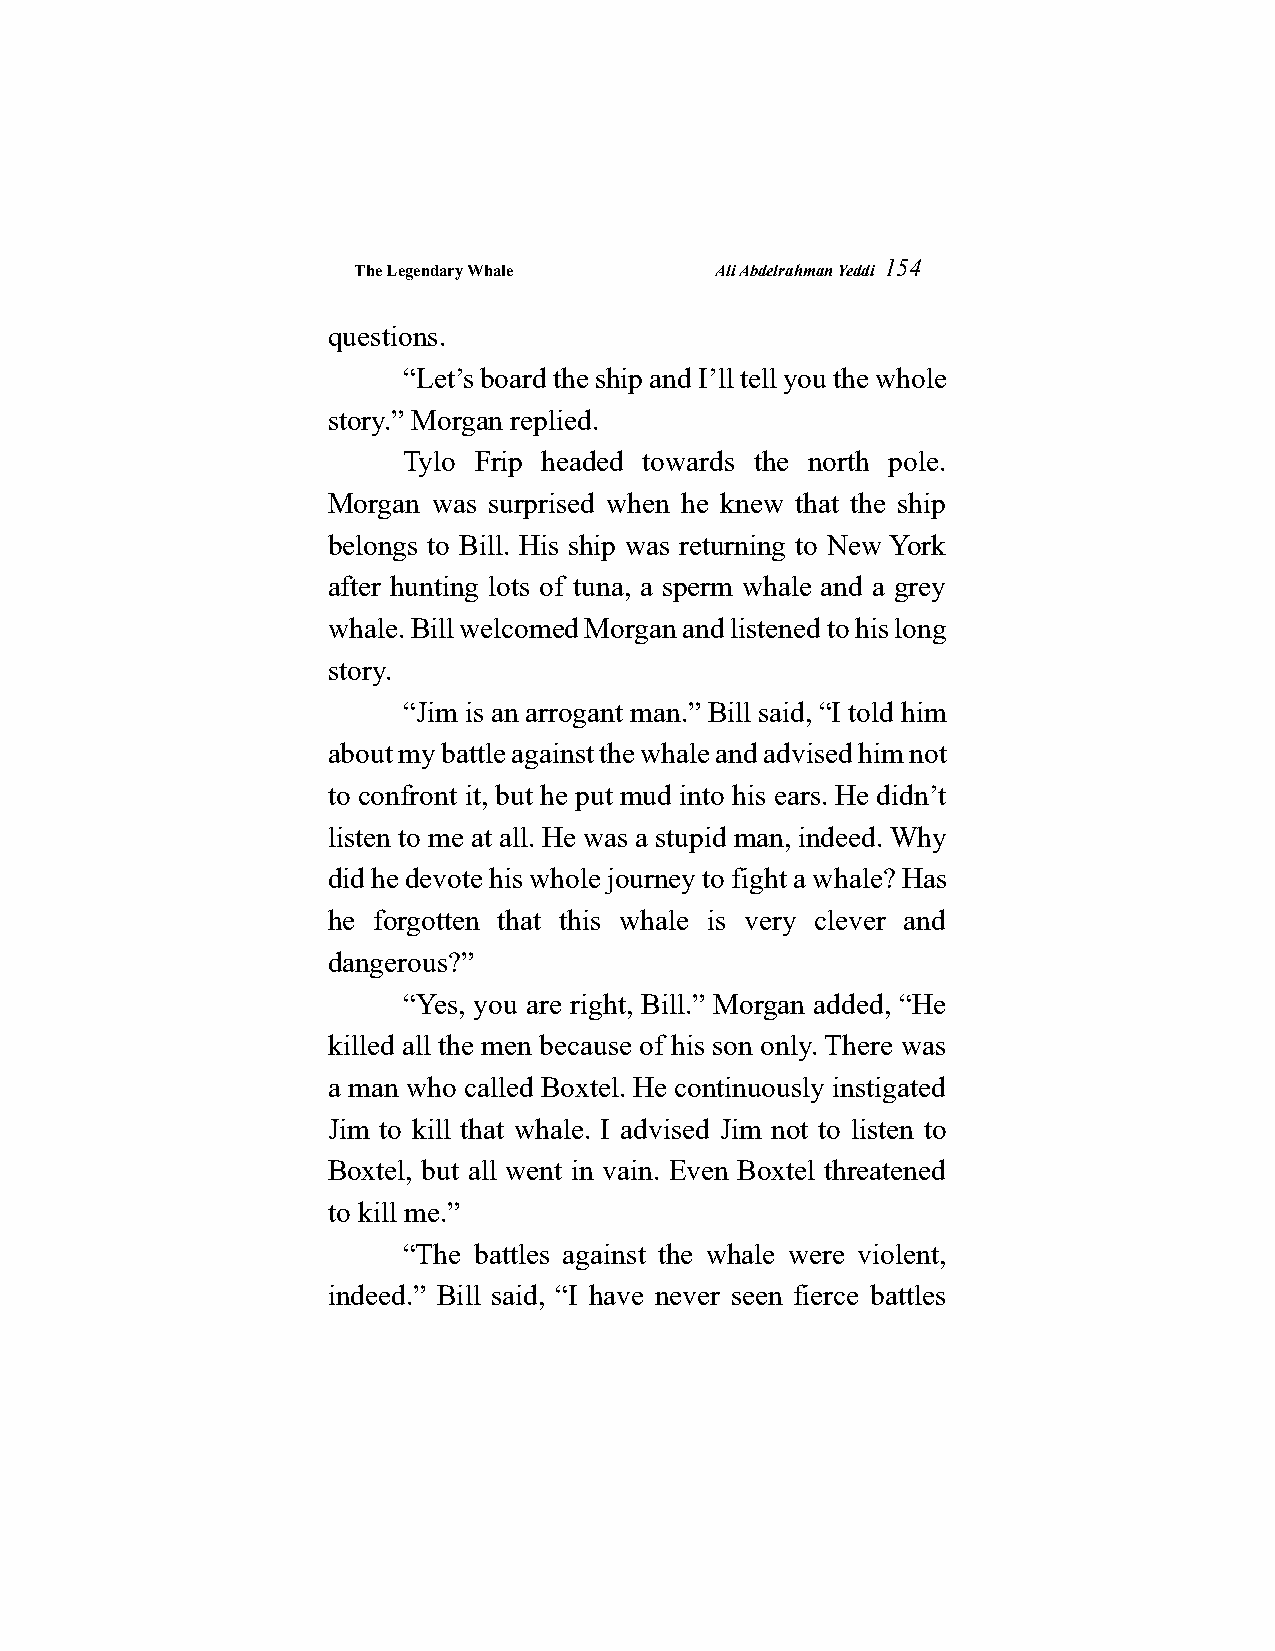
The Legendary Whale     Ali Abdelrahman Yeddi
 154
 questions.
 “Let’s board the ship and I’ll tell you the whole
 story.” Morgan replied.
 Tylo Frip headed towards the north pole.
 Morgan was surprised when he knew that the ship
 belongs to Bill. His ship was returning to New York
 after hunting lots of tuna, a sperm whale and a grey
 whale. Bill welcomed Morgan and listened to his long
 story.
 “Jim is an arrogant man.” Bill said, “I told him
 about my battle against the whale and advised him not
 to confront it, but he put mud into his ears. He didn’t
 listen to me at all. He was a stupid man, indeed. Why
 did he devote his whole journey to fight a whale? Has
 he forgotten that this whale is very clever and
 dangerous?”
 “Yes, you are right, Bill.” Morgan added, “He
 killed all the men because of his son only. There was
 a man who called Boxtel. He continuously instigated
 Jim to kill that whale. I advised Jim not to listen to
 Boxtel, but all went in vain. Even Boxtel threatened
 to kill me.”
 “The battles against the whale were violent,
 indeed.” Bill said, “I have never seen fierce battles